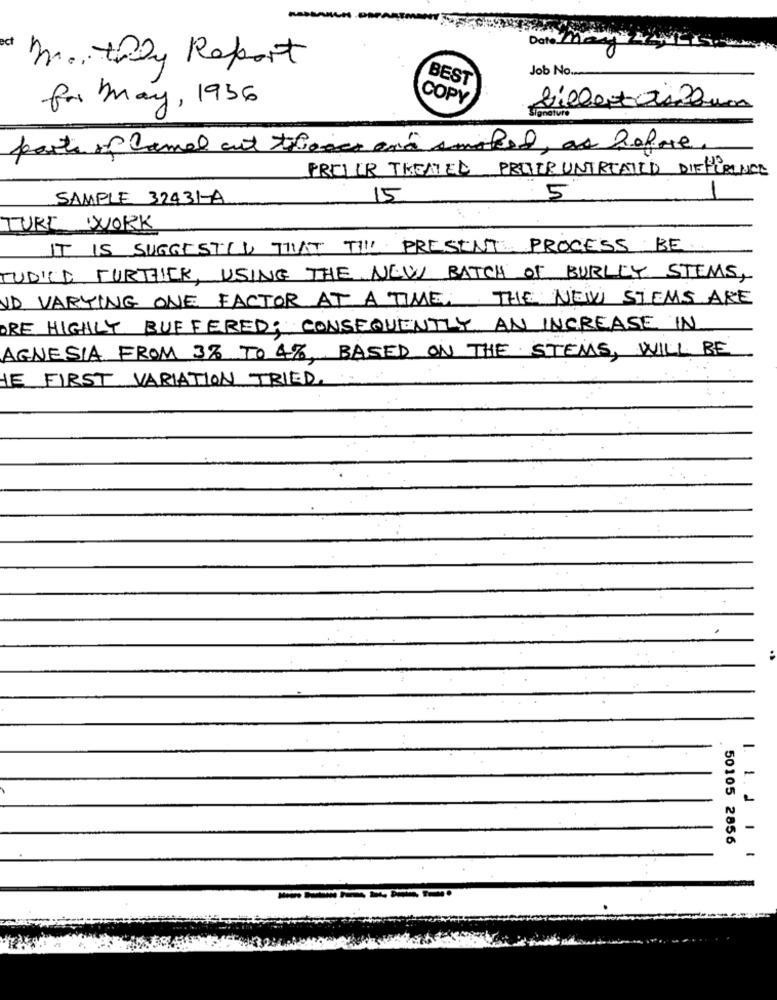
4
ect
Date May
monthly Report
Job No ....
BEST
COPY
for May, 1936
parts of camel cut theass and smoked, as Refere
PRILIR TREATED PRODEUNTREATED DIFFERENCE
-
SAMPLE 32431-A
15
5
TURE WORK
IT IS SUGGESTED THAT TIL PRESENT PROCESS BE
TUDICI FURTHER, USING THE NEW BATCH OF BURLEY STEMS,
VD VARYING ONE FACTOR AT A TIME, THE NEW STEMS ARE
ORE HIGHLY BUFFERED; CONSEQUENTLY AN INCREASE IN
AGNESIA FROM 3% TO 4%, BASED ON THE STEMS, WILL BE
HE FIRST VARIATION TRIED.
:
-
-
-
50105 2856
-